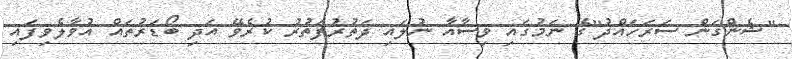
"ޝެންގަން ސަރަހައްދު"ގެ ނަމުގައި ވިސާއާ ނުލައި ދަތުރުފަތުރު ކުރެވޭ އަދި ބޯޑަރުތައް އުވާލެވިފައި